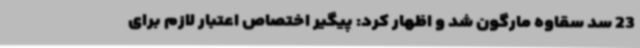
23 سد سقاوه مارگون شد و اظهار کرد: پیگیر اختصاص اعتبار لازم برای